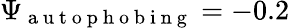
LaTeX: \Psi_{\mathrm{~a~u~t~o~p~h~o~b~i~n~g~}}=-0.2